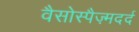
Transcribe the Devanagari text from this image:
वैसोस्पैज़्मदर्द